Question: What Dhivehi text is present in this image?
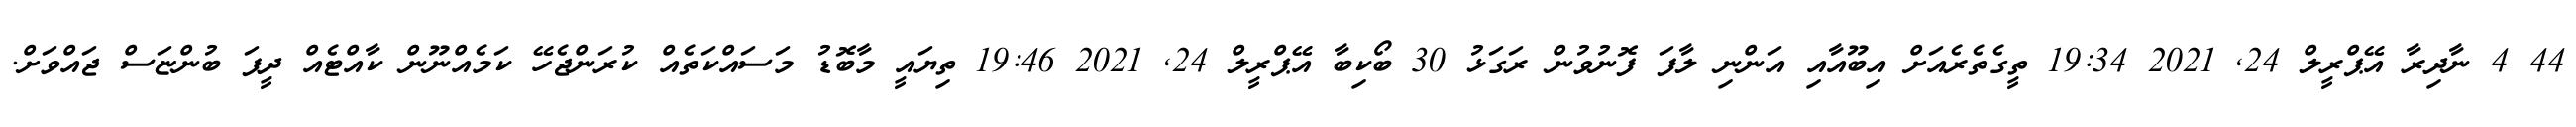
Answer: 44 4 ނާދިރާ އޭޕްރީލް 24, 2021 19:34 ތީގެތެރެއަށް އިބޫއާއި އަންނި ލާފަ ފޮނުވުން ރަގަޅު 30 ބޯކިބާ އޭޕްރީލް 24, 2021 19:46 ތިޔައީ މާބޮޑު މަސައްކަތެއް ކުރަންޖެހޭ ކަމެއްނޫން ކާއްޓެއް ދީފަ ބުންޏަސް ޖައްވަށް.